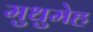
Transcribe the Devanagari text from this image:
मुधुमेह